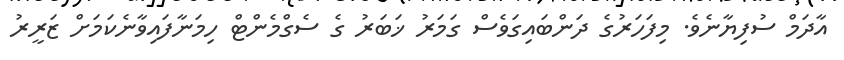
އާދަމް ސުފިޔާނެވެ. މިފަހަރުގެ ދަންބައިގަވެސް ގަމަރު ޚަބަރު ގެ ސެގްމެންޓް ހިމަނާފައިވާނެކަމަށް ޒަރީރު